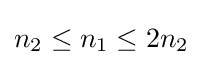
n_{2}\leq n_{1}\leq 2n_{2}